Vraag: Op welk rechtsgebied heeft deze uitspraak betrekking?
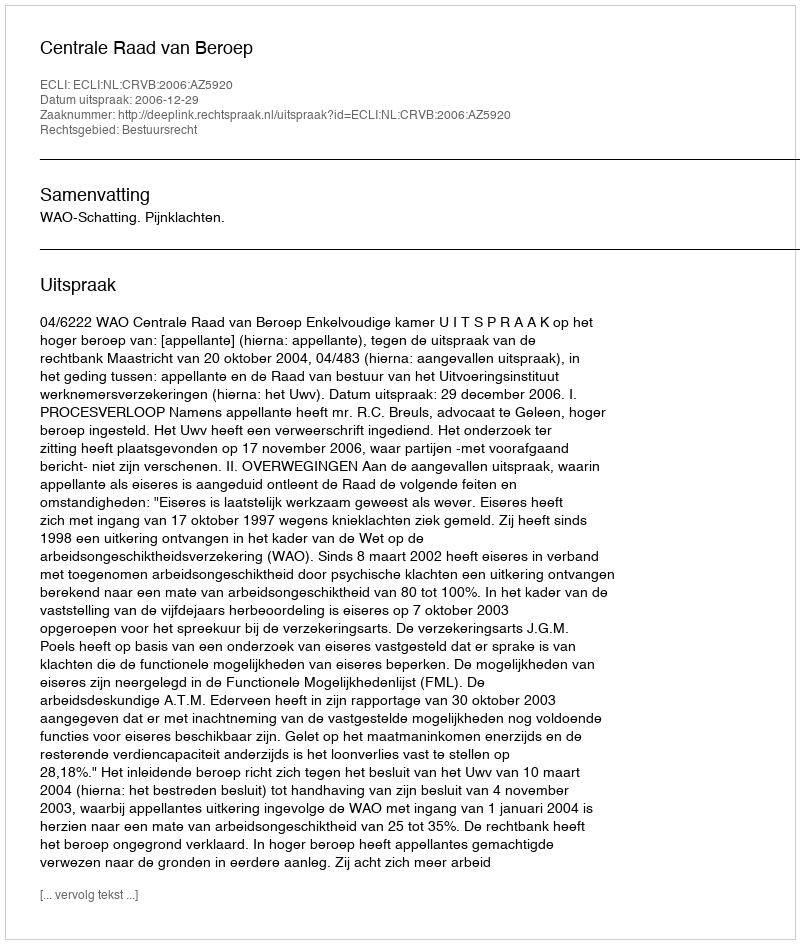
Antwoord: Bestuursrecht